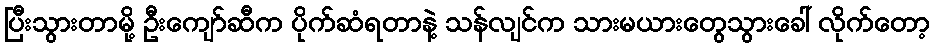
ပြီးသွားတာမို့ ဦးကျော်ဆီက ပိုက်ဆံရတာနဲ့ သန်လျင်က သားမယားတွေသွားခေါ် လိုက်တော့